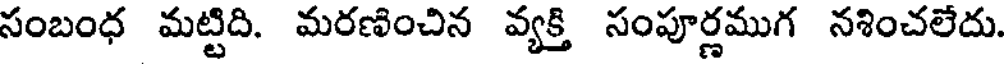
సంబంధ మట్టిది. మరణించిన వ్యక్తి సంపూర్ణముగ నశించలేదు.